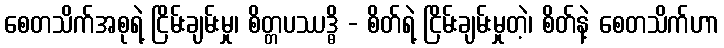
စေတသိက်အစုရဲ့ ငြိမ်းချမ်းမှု၊ စိတ္တပဿဒ္ဓိ - စိတ်ရဲ့ ငြိမ်းချမ်းမှုတဲ့၊ စိတ်နဲ့ စေတသိက်ဟာ